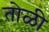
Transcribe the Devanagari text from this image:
तोळी